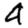
Digit: 4